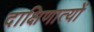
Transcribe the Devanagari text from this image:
दाक्षिणात्यों